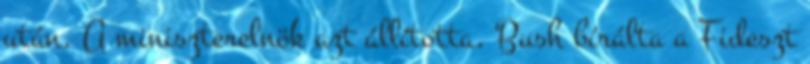
után. A miniszterelnök azt állította, Bush bírálta a Fideszt